画像に写った文字を読んでください
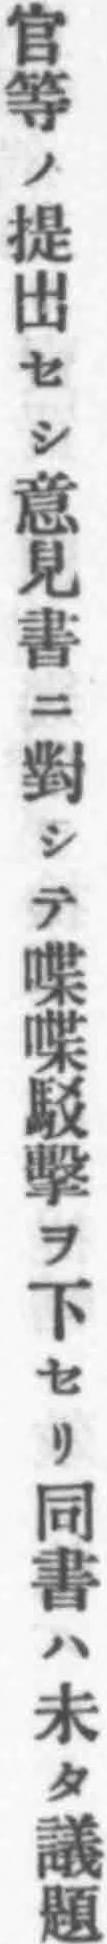
「官等ノ提出セシ意見書ニ對シテ喋喋駁擊ヲ下セリ同書ハ未タ議題」と書いてあります